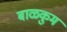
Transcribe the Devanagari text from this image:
बाळकुम